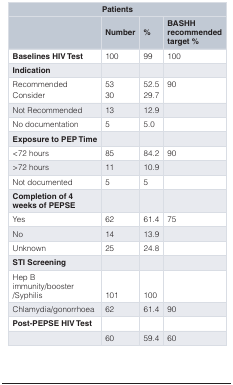
| <COLSPAN=4> Patients |
 |  | Number | % | BASHHrecommendedtarget % |
 | --- | --- | --- | --- |
 | Baselines HIV Test | 100 | 99 | 100 |
 | Indication |  |  |  |
 | RecommendedConsider | 5330 | 52.529.7 | 90 |
 | Not Recommended | 13 | 12.9 |  |
 | No documentation | 5 | 5.0 |  |
 | Exposure to PEP Time |  |  |  |
 | <72 hours | 85 | 84.2 | 90 |
 | >72 hours | 11 | 10.9 |  |
 | Not documented | 5 | 5 |  |
 | Completion of 4weeks of PEPSE |  |  |  |
 | Yes | 62 | 61.4 | 75 |
 | No | 14 | 13.9 |  |
 | Unknown | 25 | 24.8 |  |
 | STI Screening |  |  |  |
 | Hep Bimmunity/booster/Syphilis | 101 | 100 |  |
 | Chlamydia/gonorrhoea | 62 | 61.4 | 90 |
 | Post-PEPSE HIV Test |  |  |  |
 |  | 60 | 59.4 | 60 |